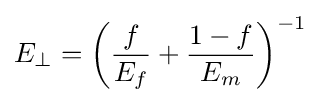
E_{\perp }=\left({\frac {f}{E_{f}}}+{\frac {1-f}{E_{m}}}\right)^{-1}